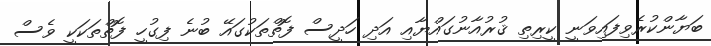
ބަޔާންކުރެވިފައިވަނީ ކީރިތި ޤުރުއާނުގައްޔާއި އަދި ހަދީސް ފޮތްތަކުގައޭ ބުނެ ފިގުހީ ފޮތްތަކަކީ ވެސް